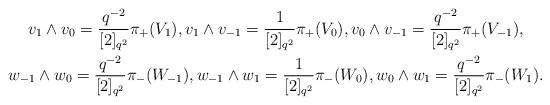
LaTeX: \begin{gather*}v_1 \wedge v_0 = \frac{q^{-2}}{[2]_{q^2}} \pi_+(V_1), v_1 \wedge v_{-1} = \frac{1}{[2]_{q^2}} \pi_+(V_0), v_0 \wedge v_{-1} = \frac{q^{-2}}{[2]_{q^2}} \pi_+(V_{-1}), \\w_{-1} \wedge w_0 = \frac{q^{-2}}{[2]_{q^2}} \pi_-(W_{-1}), w_{-1} \wedge w_1 = \frac{1}{[2]_{q^2}} \pi_-(W_0), w_0 \wedge w_1 = \frac{q^{-2}}{[2]_{q^2}} \pi_-(W_1).\end{gather*}